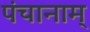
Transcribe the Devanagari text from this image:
पंचानाम्